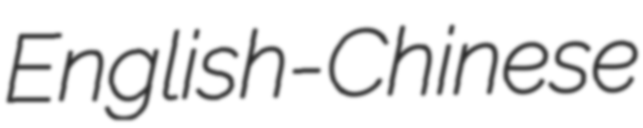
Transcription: English-Chinese